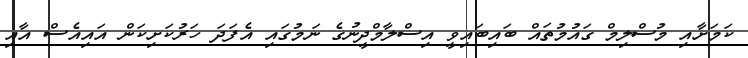
ކަމަށާއި މުސްލިމް ގައުމުތައް ބައިބައިވީ އިސްލާމްދީނުގެ ނަމުގައި އެފަދަ ހަރުކަށިކަން އައިއެސް އާއި